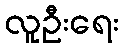
လူဦးရေး